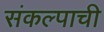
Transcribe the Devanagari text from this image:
संकल्पाची